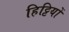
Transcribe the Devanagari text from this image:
हिट्टियों